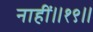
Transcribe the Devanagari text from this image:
नाहीं॥१९॥